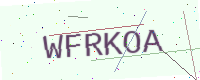
Text: WFRKOA